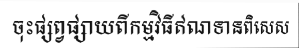
ចុះផ្សព្វផ្សាយពីកម្មវិធីឥណទានពិសេស